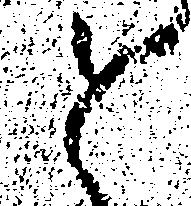
と